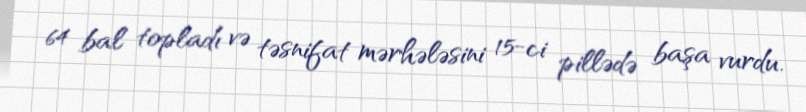
64 bal topladı və təsnifat mərhələsini 15-ci pillədə başa vurdu.